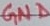
Text: GND